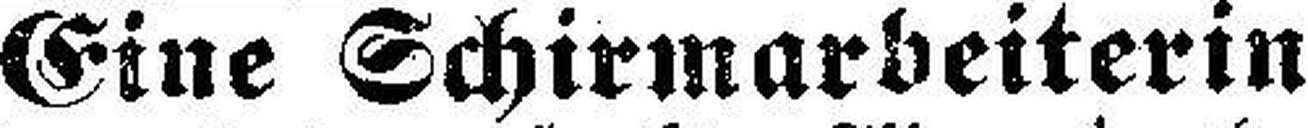
Eine Schirmarbeiterin